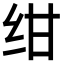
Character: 绀